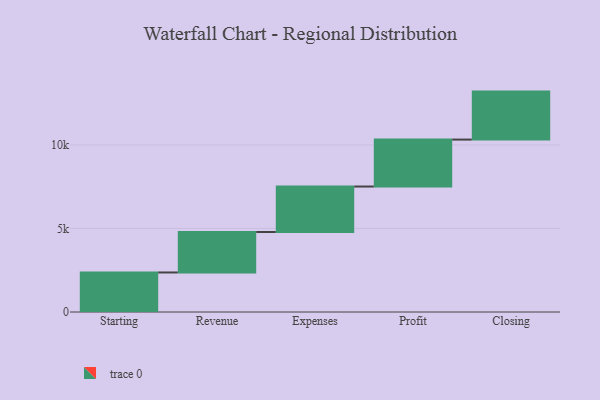
{"axis": {"x": "Step", "y": "Value"}, "legend": [""], "data": [{"x": "Starting", "y": 2366.0, "type": ""}, {"x": "Revenue", "y": 2423.0, "type": ""}, {"x": "Expenses", "y": 2720.0, "type": ""}, {"x": "Profit", "y": 2809.0, "type": ""}, {"x": "Closing", "y": 2872.0, "type": ""}]}